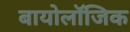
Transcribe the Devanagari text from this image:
बायोलॉजिक